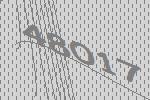
48017